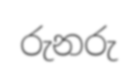
රුනරු